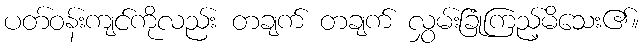
ပတ်ဝန်းကျင်ကိုလည်း တချက် တချက် လွှမ်းခြုံကြည့်မိသေး၏။